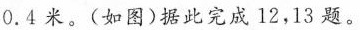
0.4米。(如图)据此完成12，13题。